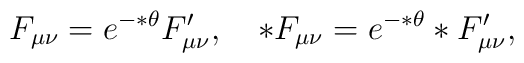
F_{\mu \nu }=e^{-*\theta }F'_{\mu \nu },\quad*F_{\mu \nu }=e^{-*\theta }*F'_{\mu \nu },